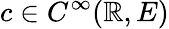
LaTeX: c\in C^{\infty}(\mathbb{R},E)